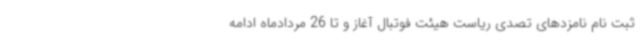
ثبت نام نامزدهای تصدی ریاست هیئت فوتبال آغاز و تا 26 مردادماه ادامه